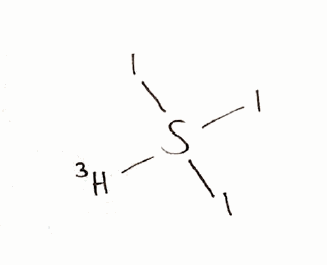
Simplified molecular-input line-entry system (SMILES) notation of the given molecule:
[3H]S(I)(I)I